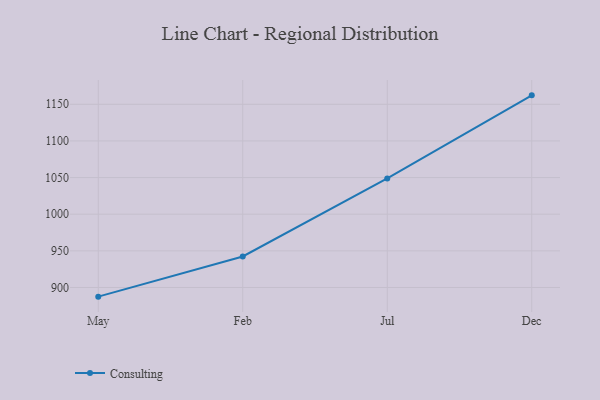
{"axis": {"x": "Month", "y": "Operating Costs (USD K)"}, "legend": ["Consulting"], "data": [{"x": "May", "y": 887.5, "type": "Consulting"}, {"x": "Feb", "y": 942.3, "type": "Consulting"}, {"x": "Jul", "y": 1048.8, "type": "Consulting"}, {"x": "Dec", "y": 1162.2, "type": "Consulting"}]}